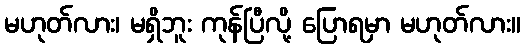
မဟုတ်လား၊ မရှိဘူး ကုန်ပြီလို့ ပြောရမှာ မဟုတ်လား။